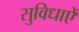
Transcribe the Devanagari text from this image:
सुविधाएें